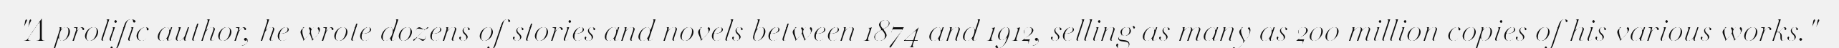
"A prolific author, he wrote dozens of stories and novels between 1874 and 1912, selling as many as 200 million copies of his various works."